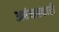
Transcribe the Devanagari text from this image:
अबंधनकारी